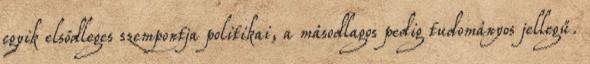
egyik elsődleges szempontja politikai, a másodlagos pedig tudományos jellegű.